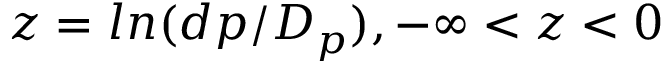
z = l n ( d p / D _ { p } ) , - \infty < z < 0